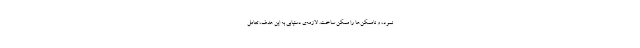
نمود، و ناممکن‌ها را ممکن ساخت. لازمه‌ی دستیابی به این هدف، تعامل